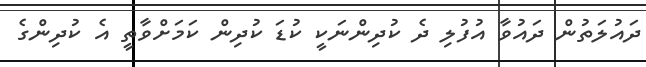
ދައުލަތުން ދައުވާ އުފުލި ދެ ކުދިންނަކީ ކުޑަ ކުދިން ކަމަށްވާތީ އެ ކުދިންގެ